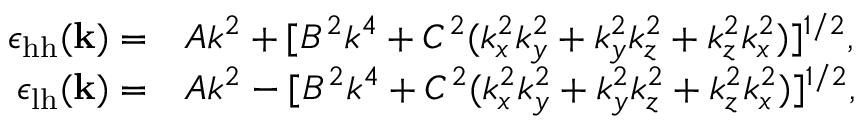
\begin{array} { r l } { \epsilon _ { \mathrm { h h } } ( \mathbf k ) = } & { A k ^ { 2 } + [ B ^ { 2 } k ^ { 4 } + C ^ { 2 } ( k _ { x } ^ { 2 } k _ { y } ^ { 2 } + k _ { y } ^ { 2 } k _ { z } ^ { 2 } + k _ { z } ^ { 2 } k _ { x } ^ { 2 } ) ] ^ { 1 / 2 } , } \\ { \epsilon _ { \mathrm { l h } } ( \mathbf k ) = } & { A k ^ { 2 } - [ B ^ { 2 } k ^ { 4 } + C ^ { 2 } ( k _ { x } ^ { 2 } k _ { y } ^ { 2 } + k _ { y } ^ { 2 } k _ { z } ^ { 2 } + k _ { z } ^ { 2 } k _ { x } ^ { 2 } ) ] ^ { 1 / 2 } , } \end{array}